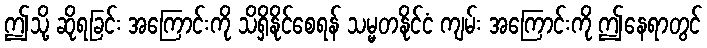
ဤသို့ ဆိုရခြင်း အကြောင်းကို သိရှိနိုင်စေရန် သမ္မတနိုင်ငံ ကျမ်း အကြောင်းကို ဤနေရာတွင်